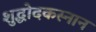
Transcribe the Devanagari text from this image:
शुद्धोदकस्नान